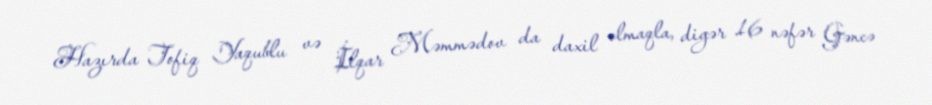
Hazırda Tofiq Yaqublu və İlqar Məmmədov da daxil olmaqla, digər 16 nəfər Gəncə